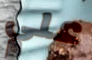
علي